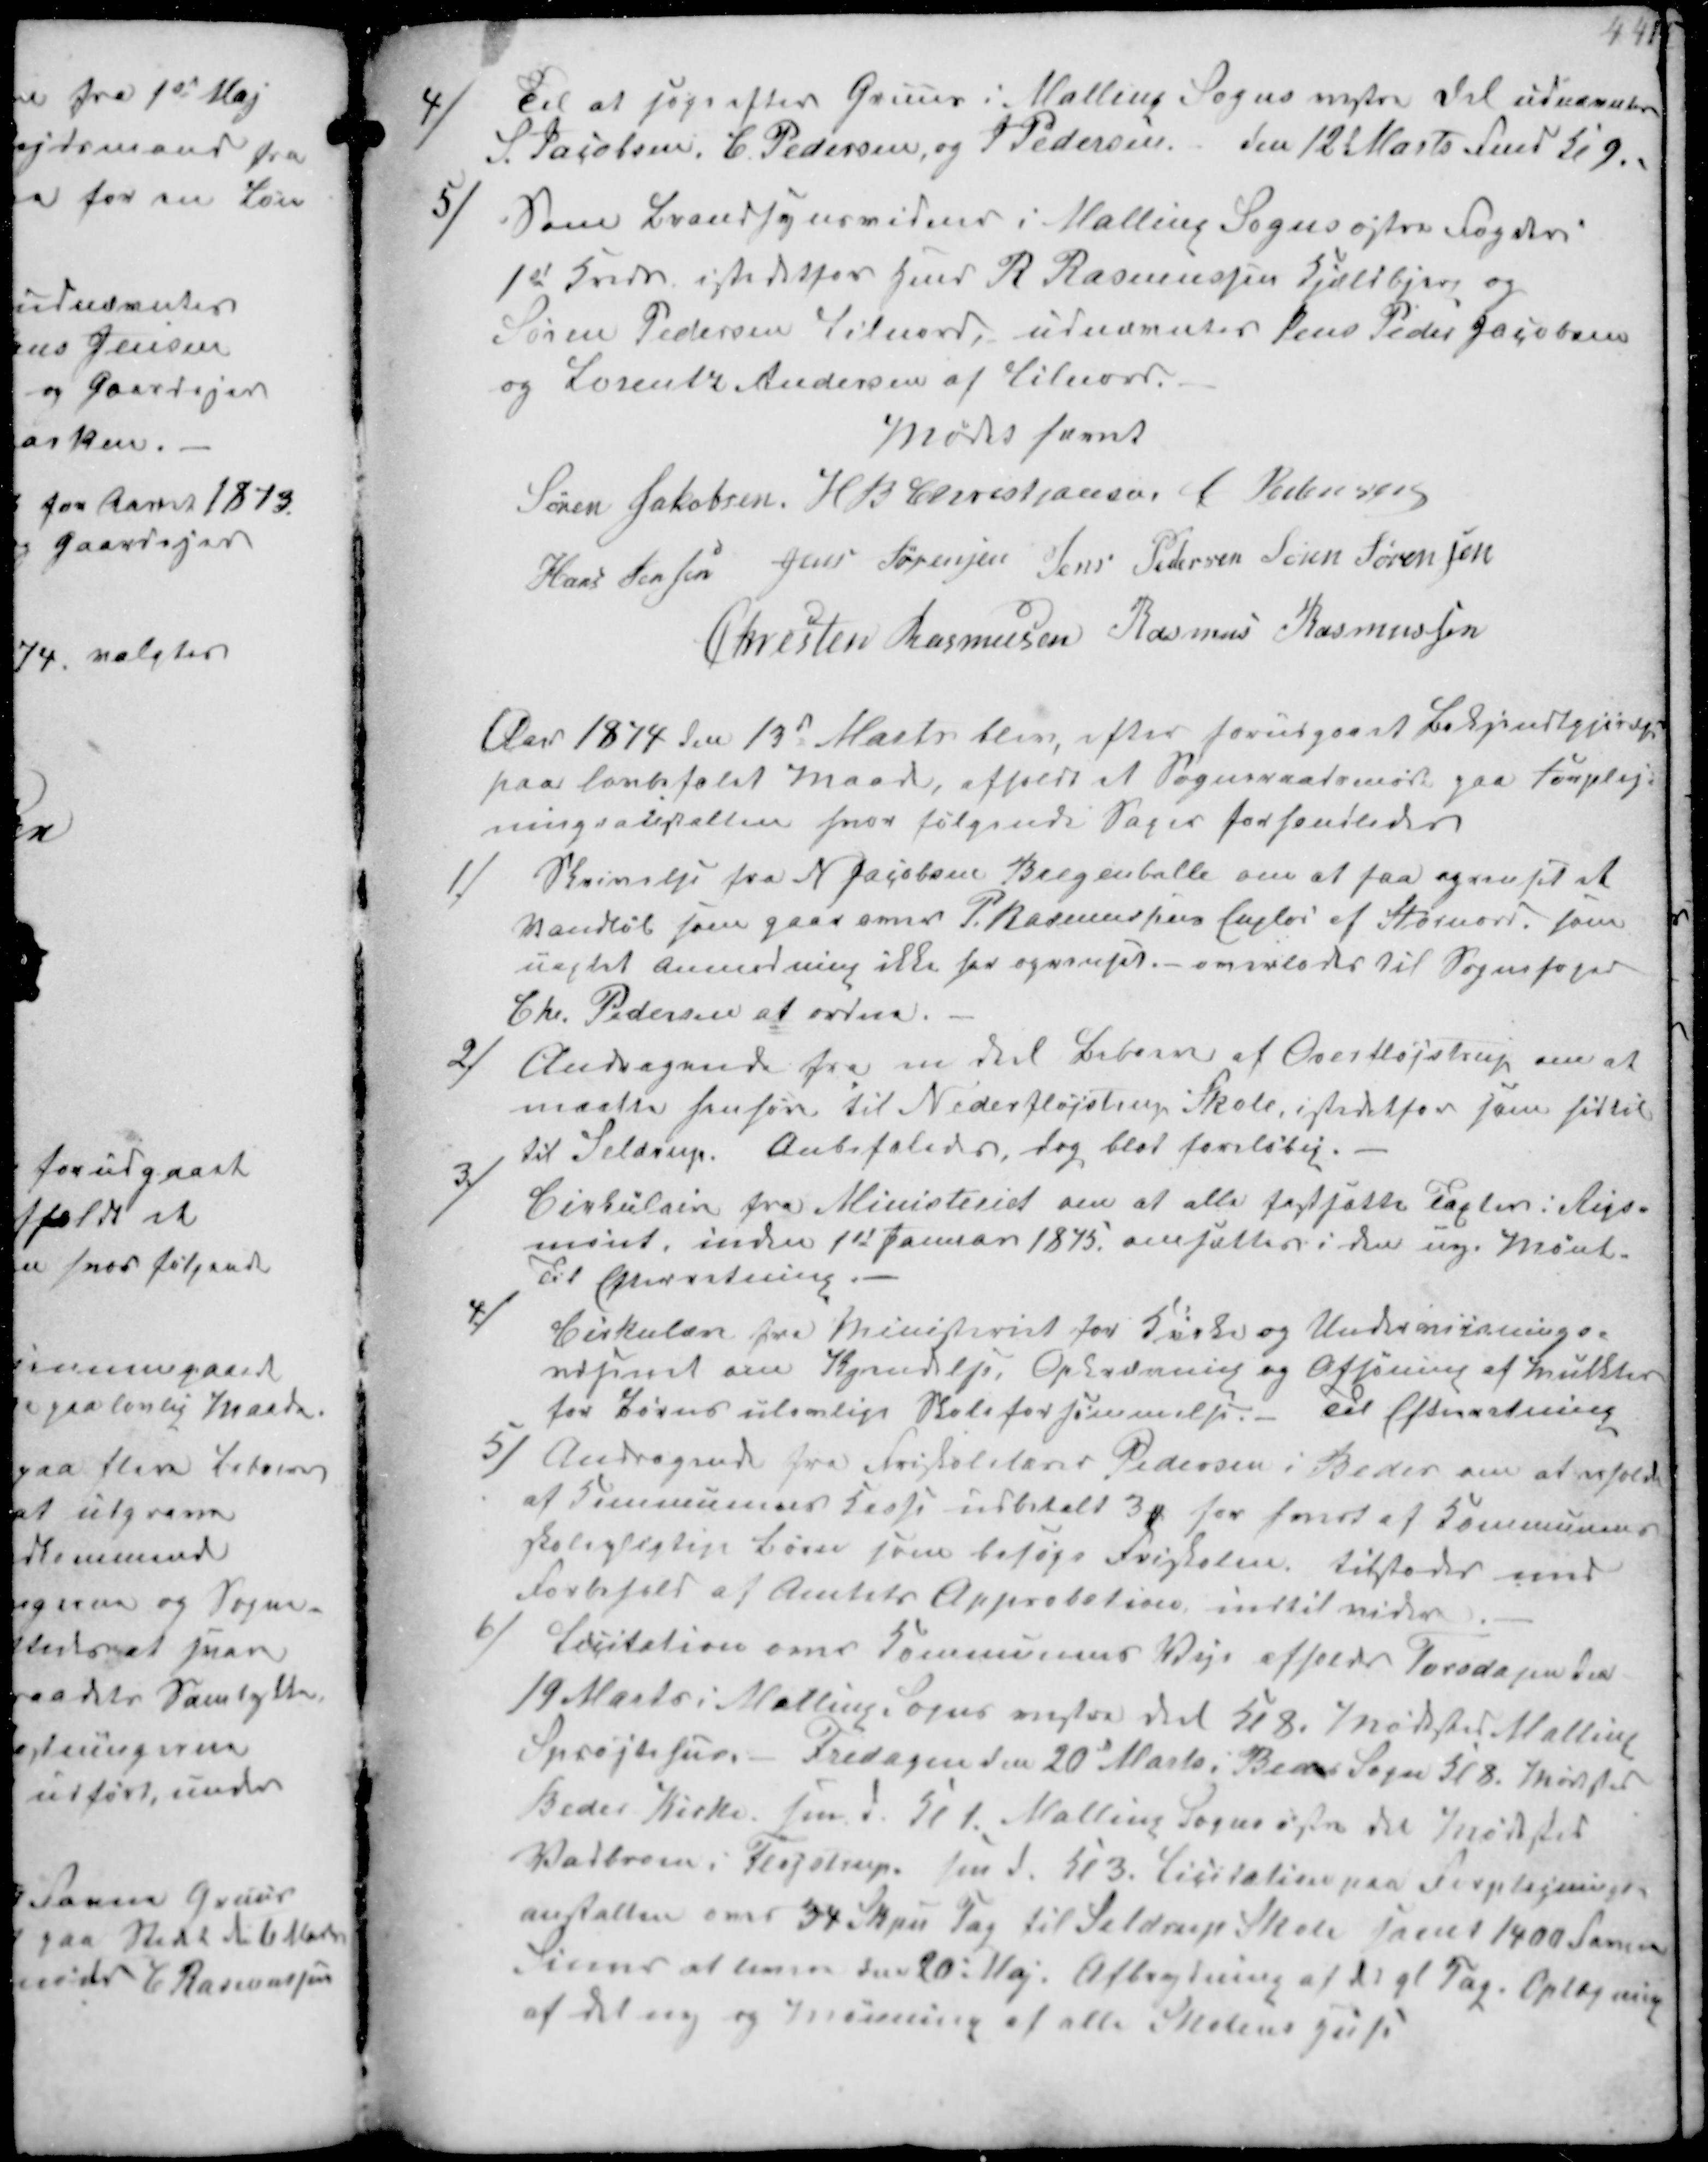
Transskription:
4)
Til at søge efter Gruus i Malling Sogns vestre del udnævntes
S Jacobsen, C Pedersen, og J Pedersen den 12t Marts Fmd Kl 9.

5/
Som Brandsynsvidner i Malling Sogns østre Fogderi
1st Kreds, istedetfor Hmd R Rasmussen Kjældbjerg og
Søren Pedersen Lilnord, udnævntes Jens Peder Jacobsen
og Lorentz Andersen af Lilnord

Mødet hævet
Søren Jakobsen H B Christiansen C Pedersen
Hans Jensen Jens Sørensen Jens Pedersen Søren Sørensen
Chresten Rasmusen Rasmus Rasmussen

Aar 1874 den 13de Marts blev efter forudgaaet Bekjendtgjørelse
paa lovbefalet Maade, afholdt et Sogneraatsmøde paa Forplej--
ningsanstalten hvor følgende Sager forhandledes

1/
Skrivelse fra N Jacobsen Bregenballe om at faa oprenset et
Vandløb som gaar over P Rasmussens Jorder af Storenor som
uagtet Anmodning ikke har oprenset. overlades til Sognefoged
Chr. Pedersen af ordne.

2/
Andragende fra en del Beboere af Overfløjstrup om at
maatte henhøre til Nederfløjstrup Skole istedetfor som hidtil
til Seldrup. Anbefaledes, dog blot foreløbig.

3/
Circulair fra Ministeriet om at alle fastsatte Taxter i Rigs-
mønt, inden 1st Januar 1875, omsættes i den nye Mønt
Til Efterretning.

4/
Cirkulære fra Ministeriet for Kirke og Undervisnings-
væsenet om Ikjendelse, Opkrævning og Afsøning af Mulkter
for Børns ulovlige Skoleforsømmelse. Til Efterretning

5/
Andragende fra Førstelærer Pedersen i Beder om at erholde
af Kommunens Kasse udbetalt 3₻ for hvert af Kommunens
skolepligtige Børn som besøge Friskolen tilstodes med
Forbehold af Amtets Approbation, indtil videre

6/
Licitation over Kommunens Veje afholdes Torsdagen de
19 Marts i Malling Sogns vestre del Kl 8. Mødested Malling
Sprøjtehus. - Fredagen den 20d Marts, Beder Sogn Kl 8. Mødested
Beder Kirke fmd. Kl 1. Malling Sogns østre del Mødested
Vadbroen i Fløjstrup fmd Kl 3. Licitation paa Forplejnings-
anstalten over 34 Skpu Tag til Seldrup Skole Janer 1400  
 at levere den 20 Maj. Aftagning af det gl Tag. Oplægning
af det ny og  af alle Skolens Huse